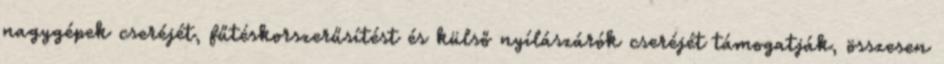
nagygépek cseréjét, fűtéskorszerűsítést és külső nyílászárók cseréjét támogatják, összesen